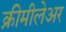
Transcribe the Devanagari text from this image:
क्रीमीलेअर